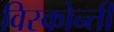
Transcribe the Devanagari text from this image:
विस्कोन्ती